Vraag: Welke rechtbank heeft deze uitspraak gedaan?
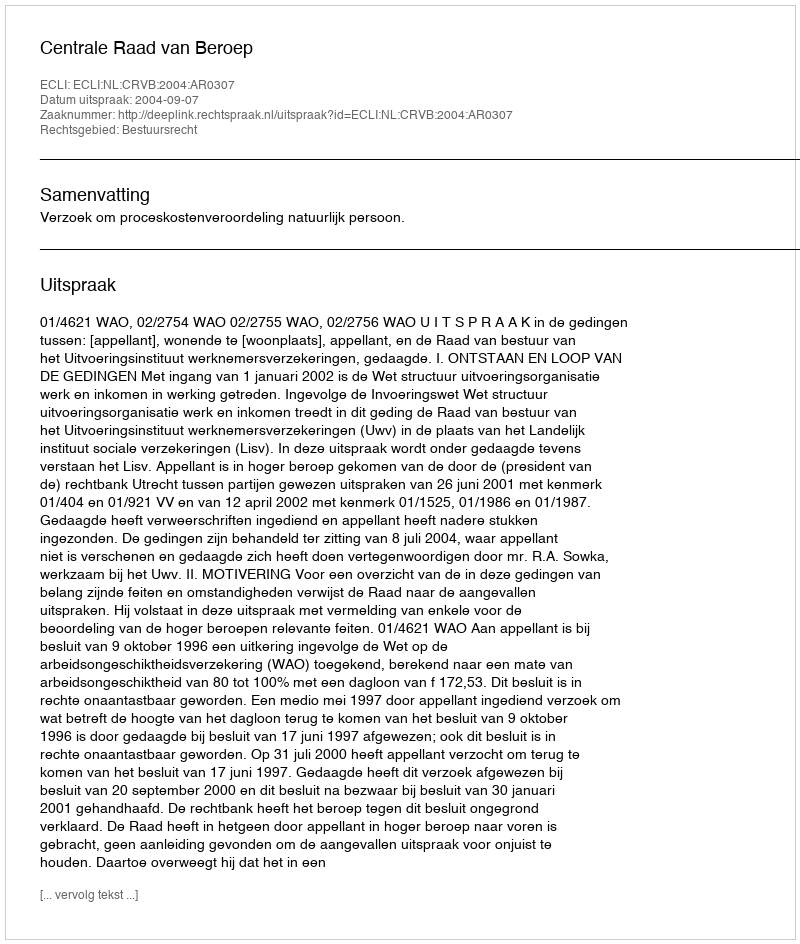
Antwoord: Centrale Raad van Beroep